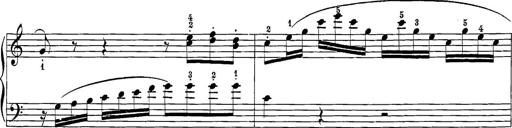
Title: 12 Sonatine per Pianoforte
Composer: Friedrich Kuhlau